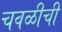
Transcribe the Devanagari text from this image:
चवळीची